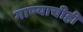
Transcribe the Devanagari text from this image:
गाण्याचीही